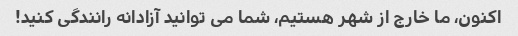
اکنون، ما خارج از شهر هستیم، شما می توانید آزادانه رانندگی کنید!